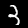
Digit: 3